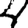
Digit: 4